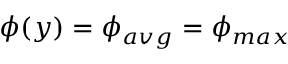
\phi ( y ) = \phi _ { a v g } = \phi _ { m a x }